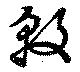
敦